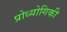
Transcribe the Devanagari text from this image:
प्रोध्योगिकी